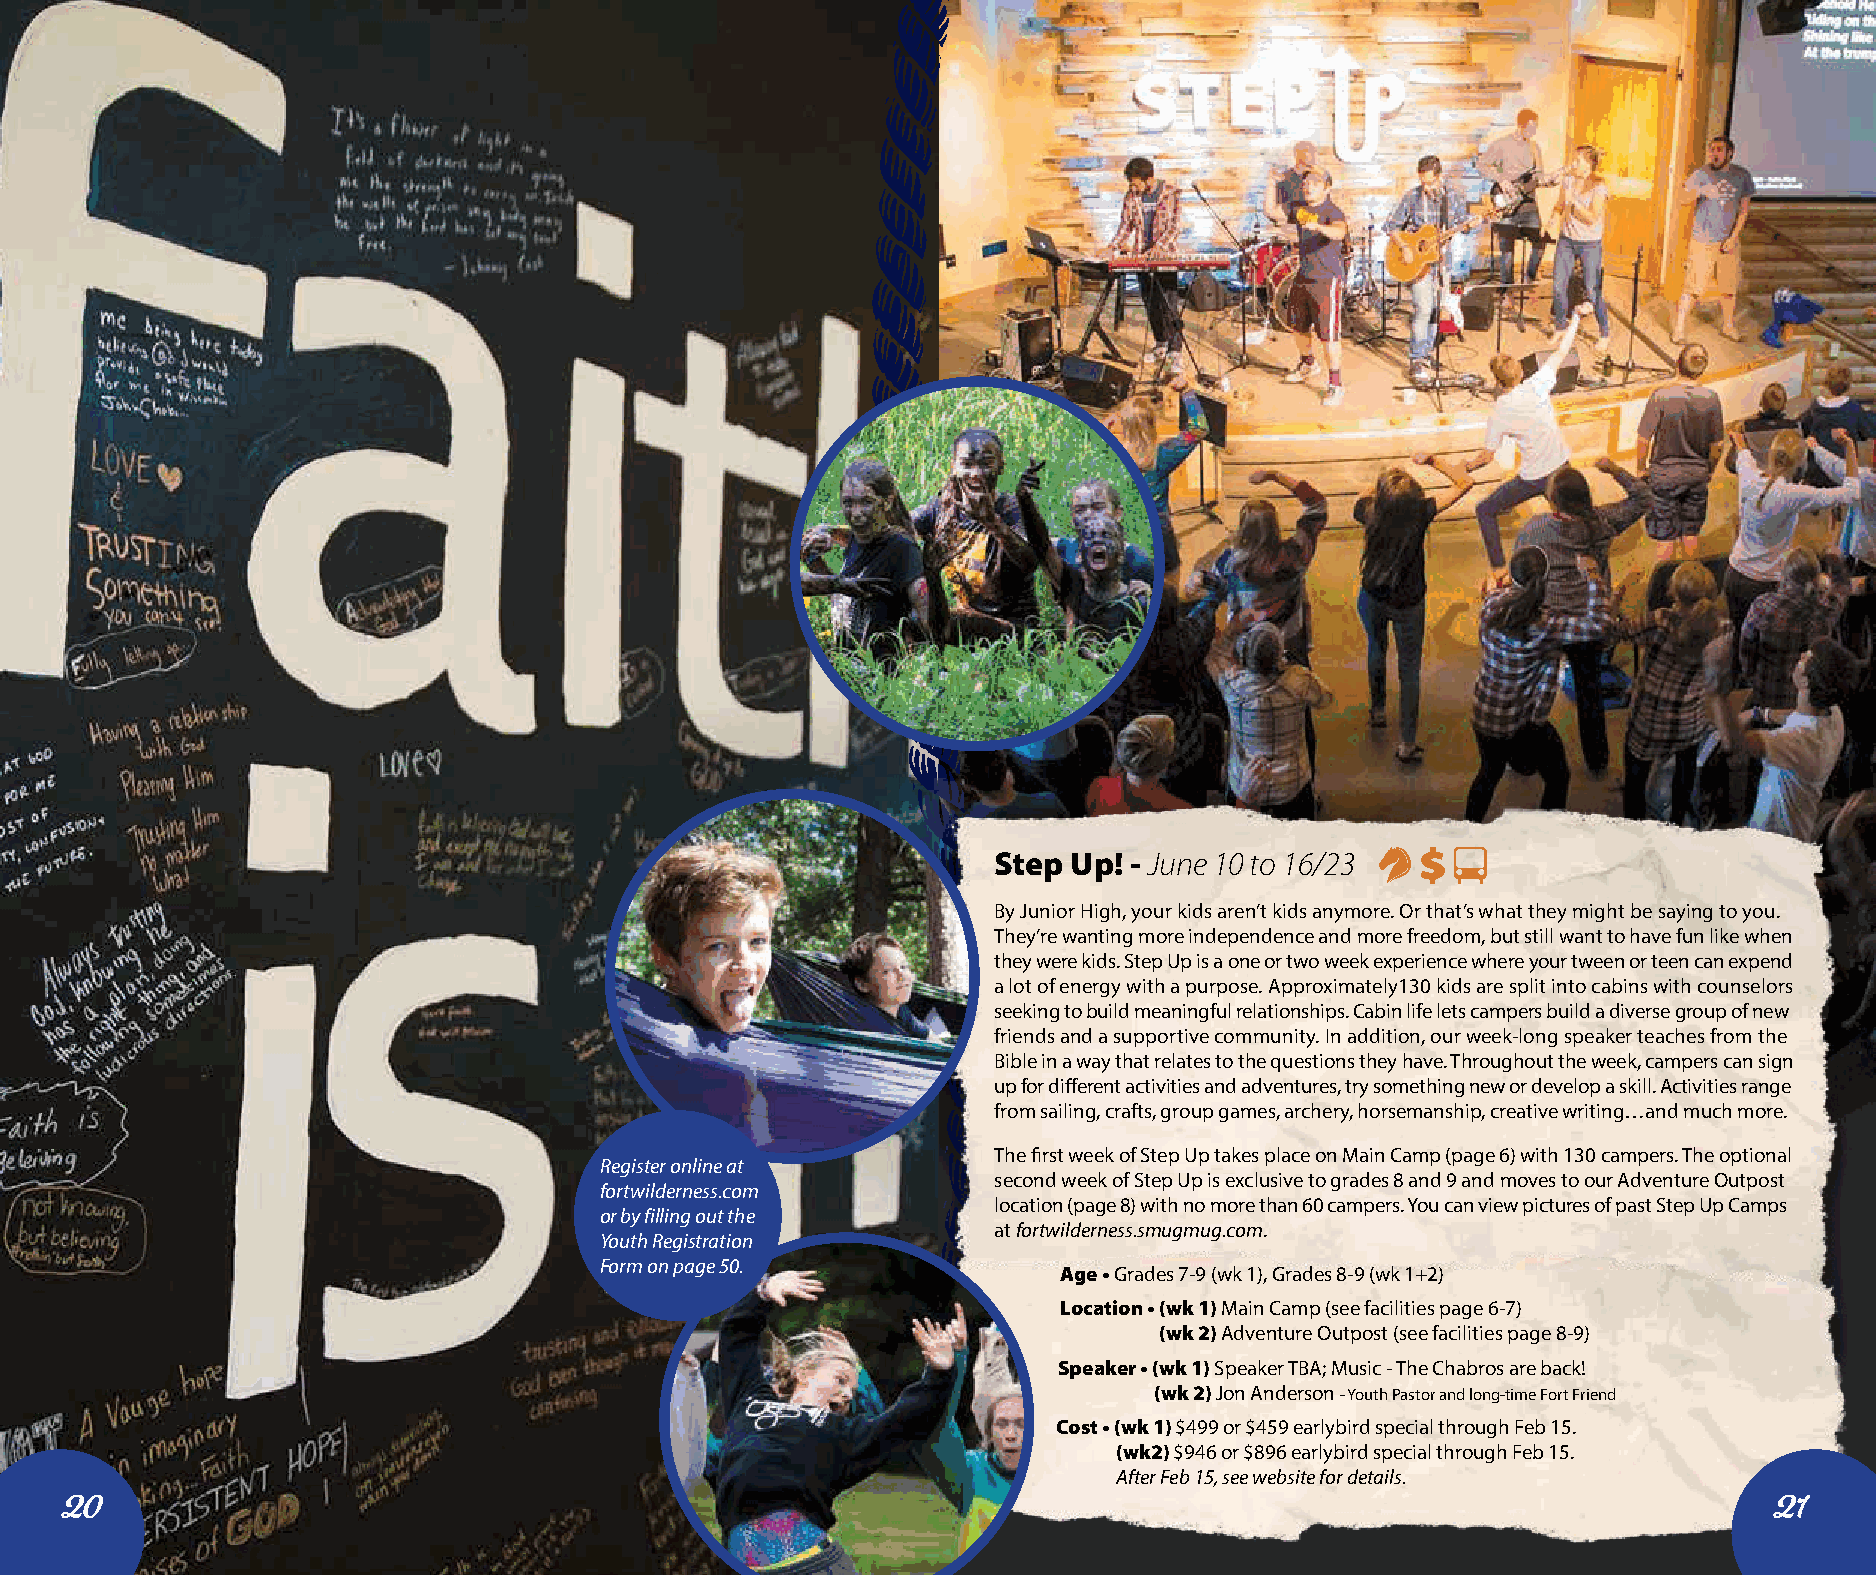
Step Up! - June 10 to 16/23
 By Junior High, your kids aren’t kids anymore. Or that’s what they might be saying to you.
 They’re wanting more independence and more freedom, but still want to have fun like when
 they were kids. Step Up is a one or two week experience where your tween or teen can expend
 a lot of energy with a purpose. Approximately130 kids are split into cabins with counselors
 seeking to build meaningful relationships. Cabin life lets campers build a diverse group of new
 friends and a supportive community. In addition, our week-long speaker teaches from the
 Bible in a way that relates to the questions they have. Throughout the week, campers can sign
 up for different activities and adventures, try something new or develop a skill. Activities range
 from sailing, crafts, group games, archery, horsemanship, creative writing…and much more.
 The first week of Step Up takes place on Main Camp (page 6) with 130 campers. The optional
 Register online at
 second week of Step Up is exclusive to grades 8 and 9 and moves to our Adventure Outpost
 fortwilderness.com
 location (page 8) with no more than 60 campers. You can view pictures of past Step Up Camps
 or by filling out the
 at fortwilderness.smugmug.com.
 Youth Registration
 Form on page 50.
 Age • Grades 7-9 (wk 1), Grades 8-9 (wk 1+2)
 Location • (wk 1) Main Camp (see facilities page 6-7)
 (wk 2) Adventure Outpost (see facilities page 8-9)
 Speaker • (wk 1) Speaker TBA; Music - The Chabros are back!
 (wk 2) Jon Anderson - Youth Pastor and long-time Fort Friend
 Cost • (wk 1) $499 or $459 earlybird special through Feb 15.
 (wk2) $946 or $896 earlybird special through Feb 15.
 After Feb 15, see website for details.
 20                                                                                                               21